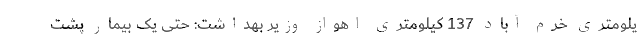
یلومتری خرم آباد 137 کیلومتری اهواز وزیر بهداشت: حتی یک بیمار پشت